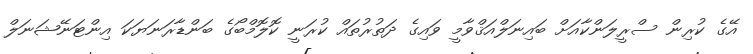
އޭގެ ކުރިން ސްރީލަންކާއަށް ބައިނަލްއަޤްވާމީ ވައިގެ ދަތުރުތައް ކުރަނީ ކޮލޮމްބޯގެ ބަންޑާރަނަޔަކަ އިންޓަނޭޝަނަލް